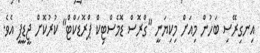
އިނގިރޭސި ބަހުން މިއަށް މިކިޔަނީ "ގްރޮސް ޑޮމެސްޓިކް ޕްރޮޑަކްޓް" ކުރުކޮށް ޖީޑީޕީ އެވެ.